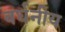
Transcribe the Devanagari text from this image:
वर्धनीय